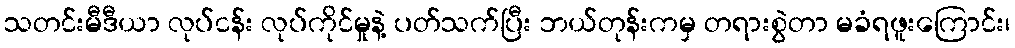
သတင်းမီဒီယာ လုပ်ငန်း လုပ်ကိုင်မှုနဲ့ ပတ်သက်ပြီး ဘယ်တုန်းကမှ တရားစွဲတာ မခံရဖူးကြောင်း၊